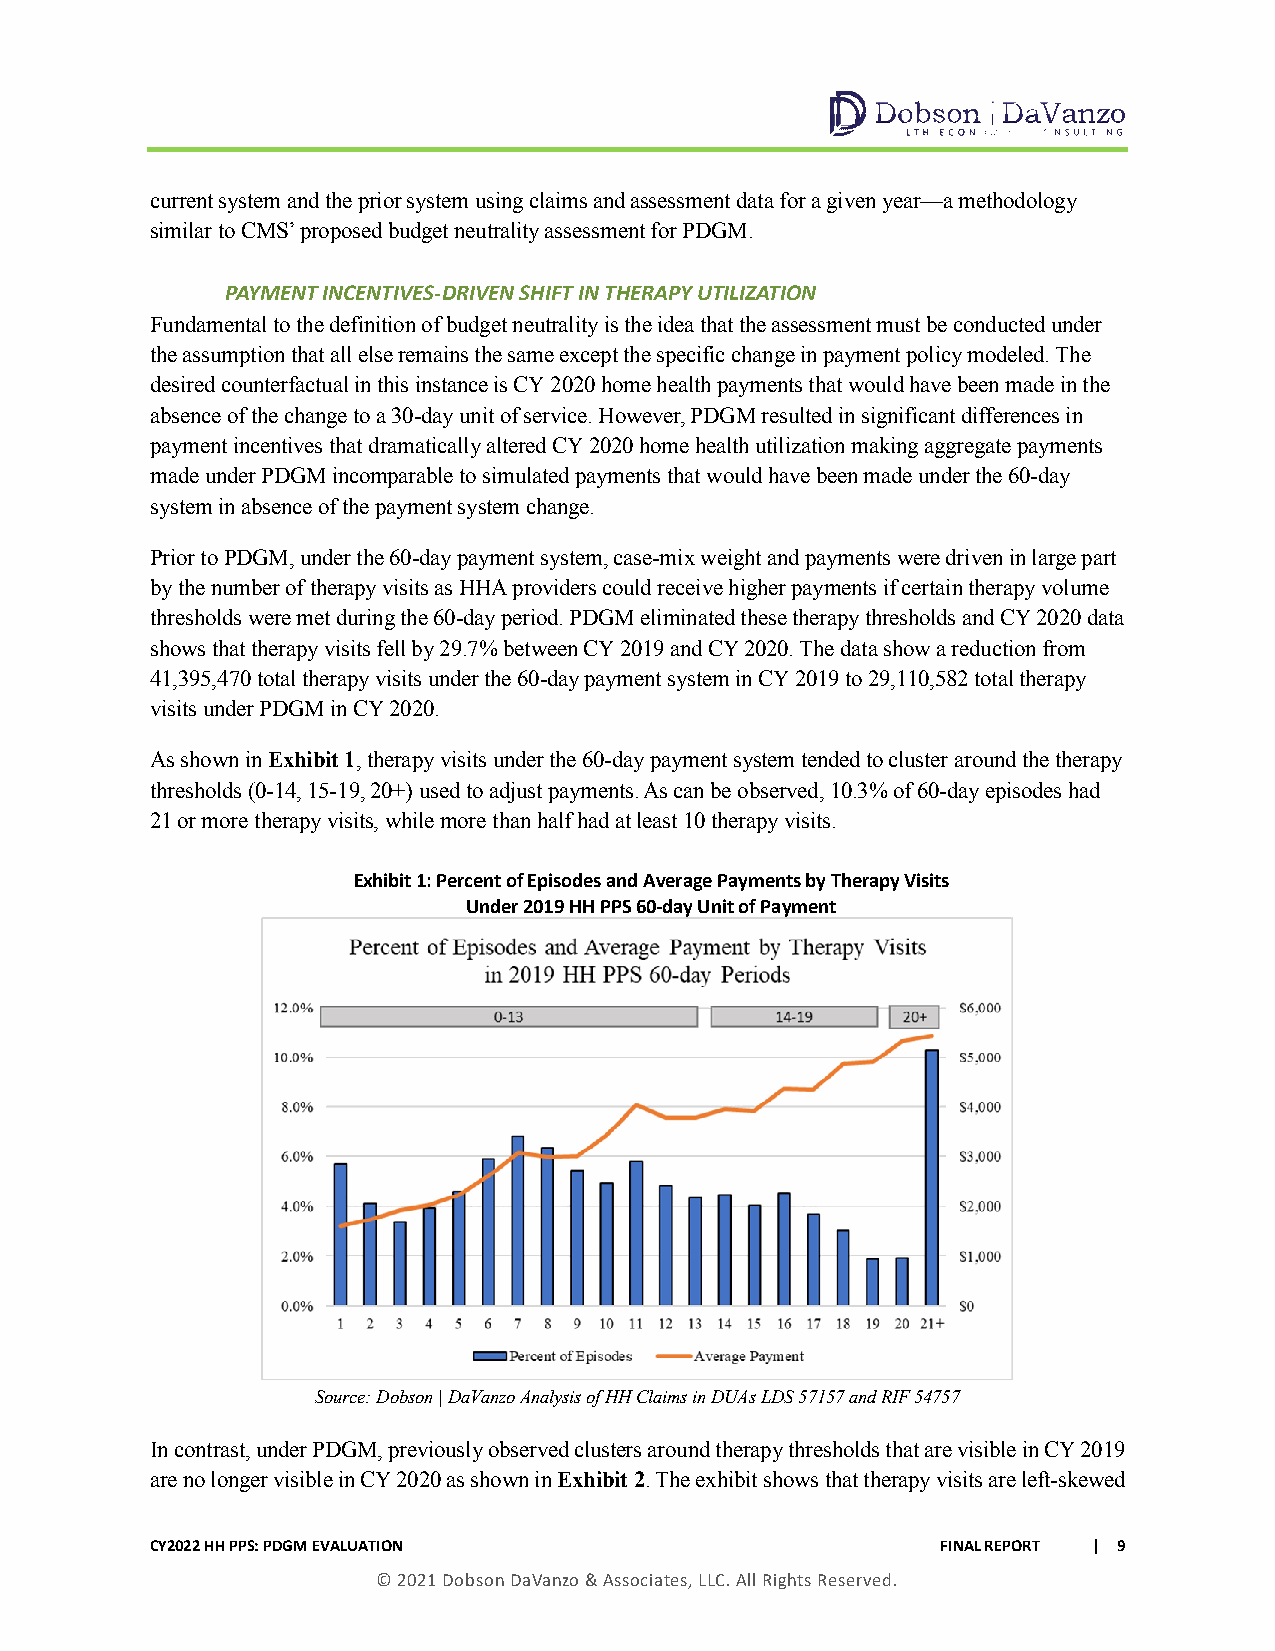
current system and the prior system using claims and assessment data for a given year—a methodology
 similar to CMS’ proposed budget neutrality assessment for PDGM.
 PAYMENT INCENTIVES-DRIVEN SHIFT IN THERAPY UTILIZATION
 Fundamental to the definition of budget neutrality is the idea that the assessment must be conducted under
 the assumption that all else remains the same except the specific change in payment policy modeled. The
 desired counterfactual in this instance is CY 2020 home health payments that would have been made in the
 absence of the change to a 30-day unit of service. However, PDGM resulted in significant differences in
 payment incentives that dramatically altered CY 2020 home health utilization making aggregate payments
 made under PDGM incomparable to simulated payments that would have been made under the 60-day
 system in absence of the payment system change.
 Prior to PDGM, under the 60-day payment system, case-mix weight and payments were driven in large part
 by the number of therapy visits as HHA providers could receive higher payments if certain therapy volume
 thresholds were met during the 60-day period. PDGM eliminated these therapy thresholds and CY 2020 data
 shows that therapy visits fell by 29.7% between CY 2019 and CY 2020. The data show a reduction from
 41,395,470 total therapy visits under the 60-day payment system in CY 2019 to 29,110,582 total therapy
 visits under PDGM in CY 2020.
 As shown in Exhibit 1, therapy visits under the 60-day payment system tended to cluster around the therapy
 thresholds (0-14, 15-19, 20+) used to adjust payments. As can be observed, 10.3% of 60-day episodes had
 21 or more therapy visits, while more than half had at least 10 therapy visits.
 Exhibit 1: Percent of Episodes and Average Payments by Therapy Visits
 Under 2019 HH PPS 60-day Unit of Payment
 Source: Dobson | DaVanzo Analysis of HH Claims in DUAs LDS 57157 and RIF 54757
 In contrast, under PDGM, previously observed clusters around therapy thresholds that are visible in CY 2019
 are no longer visible in CY 2020 as shown in Exhibit 2. The exhibit shows that therapy visits are left-skewed
 CY2022 HH PPS: PDGM EVALUATION                      FINAL REPORT | 9
 © 2021 Dobson DaVanzo & Associates, LLC. All Rights Reserved.